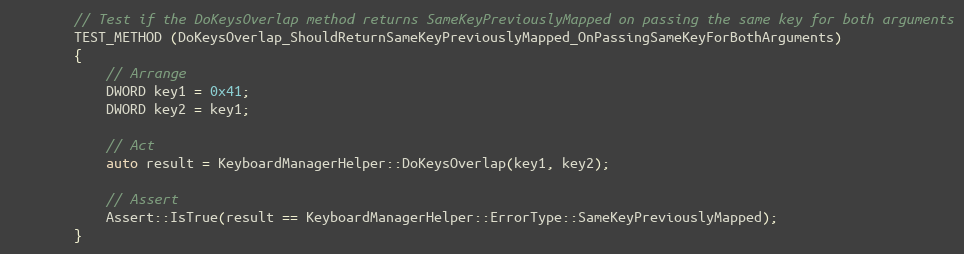
Language: C++
        // Test if the DoKeysOverlap method returns SameKeyPreviouslyMapped on passing the same key for both arguments
        TEST_METHOD (DoKeysOverlap_ShouldReturnSameKeyPreviouslyMapped_OnPassingSameKeyForBothArguments)
        {
            // Arrange
            DWORD key1 = 0x41;
            DWORD key2 = key1;

            // Act
            auto result = KeyboardManagerHelper::DoKeysOverlap(key1, key2);

            // Assert
            Assert::IsTrue(result == KeyboardManagerHelper::ErrorType::SameKeyPreviouslyMapped);
        }